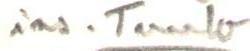
ins. Tuulo